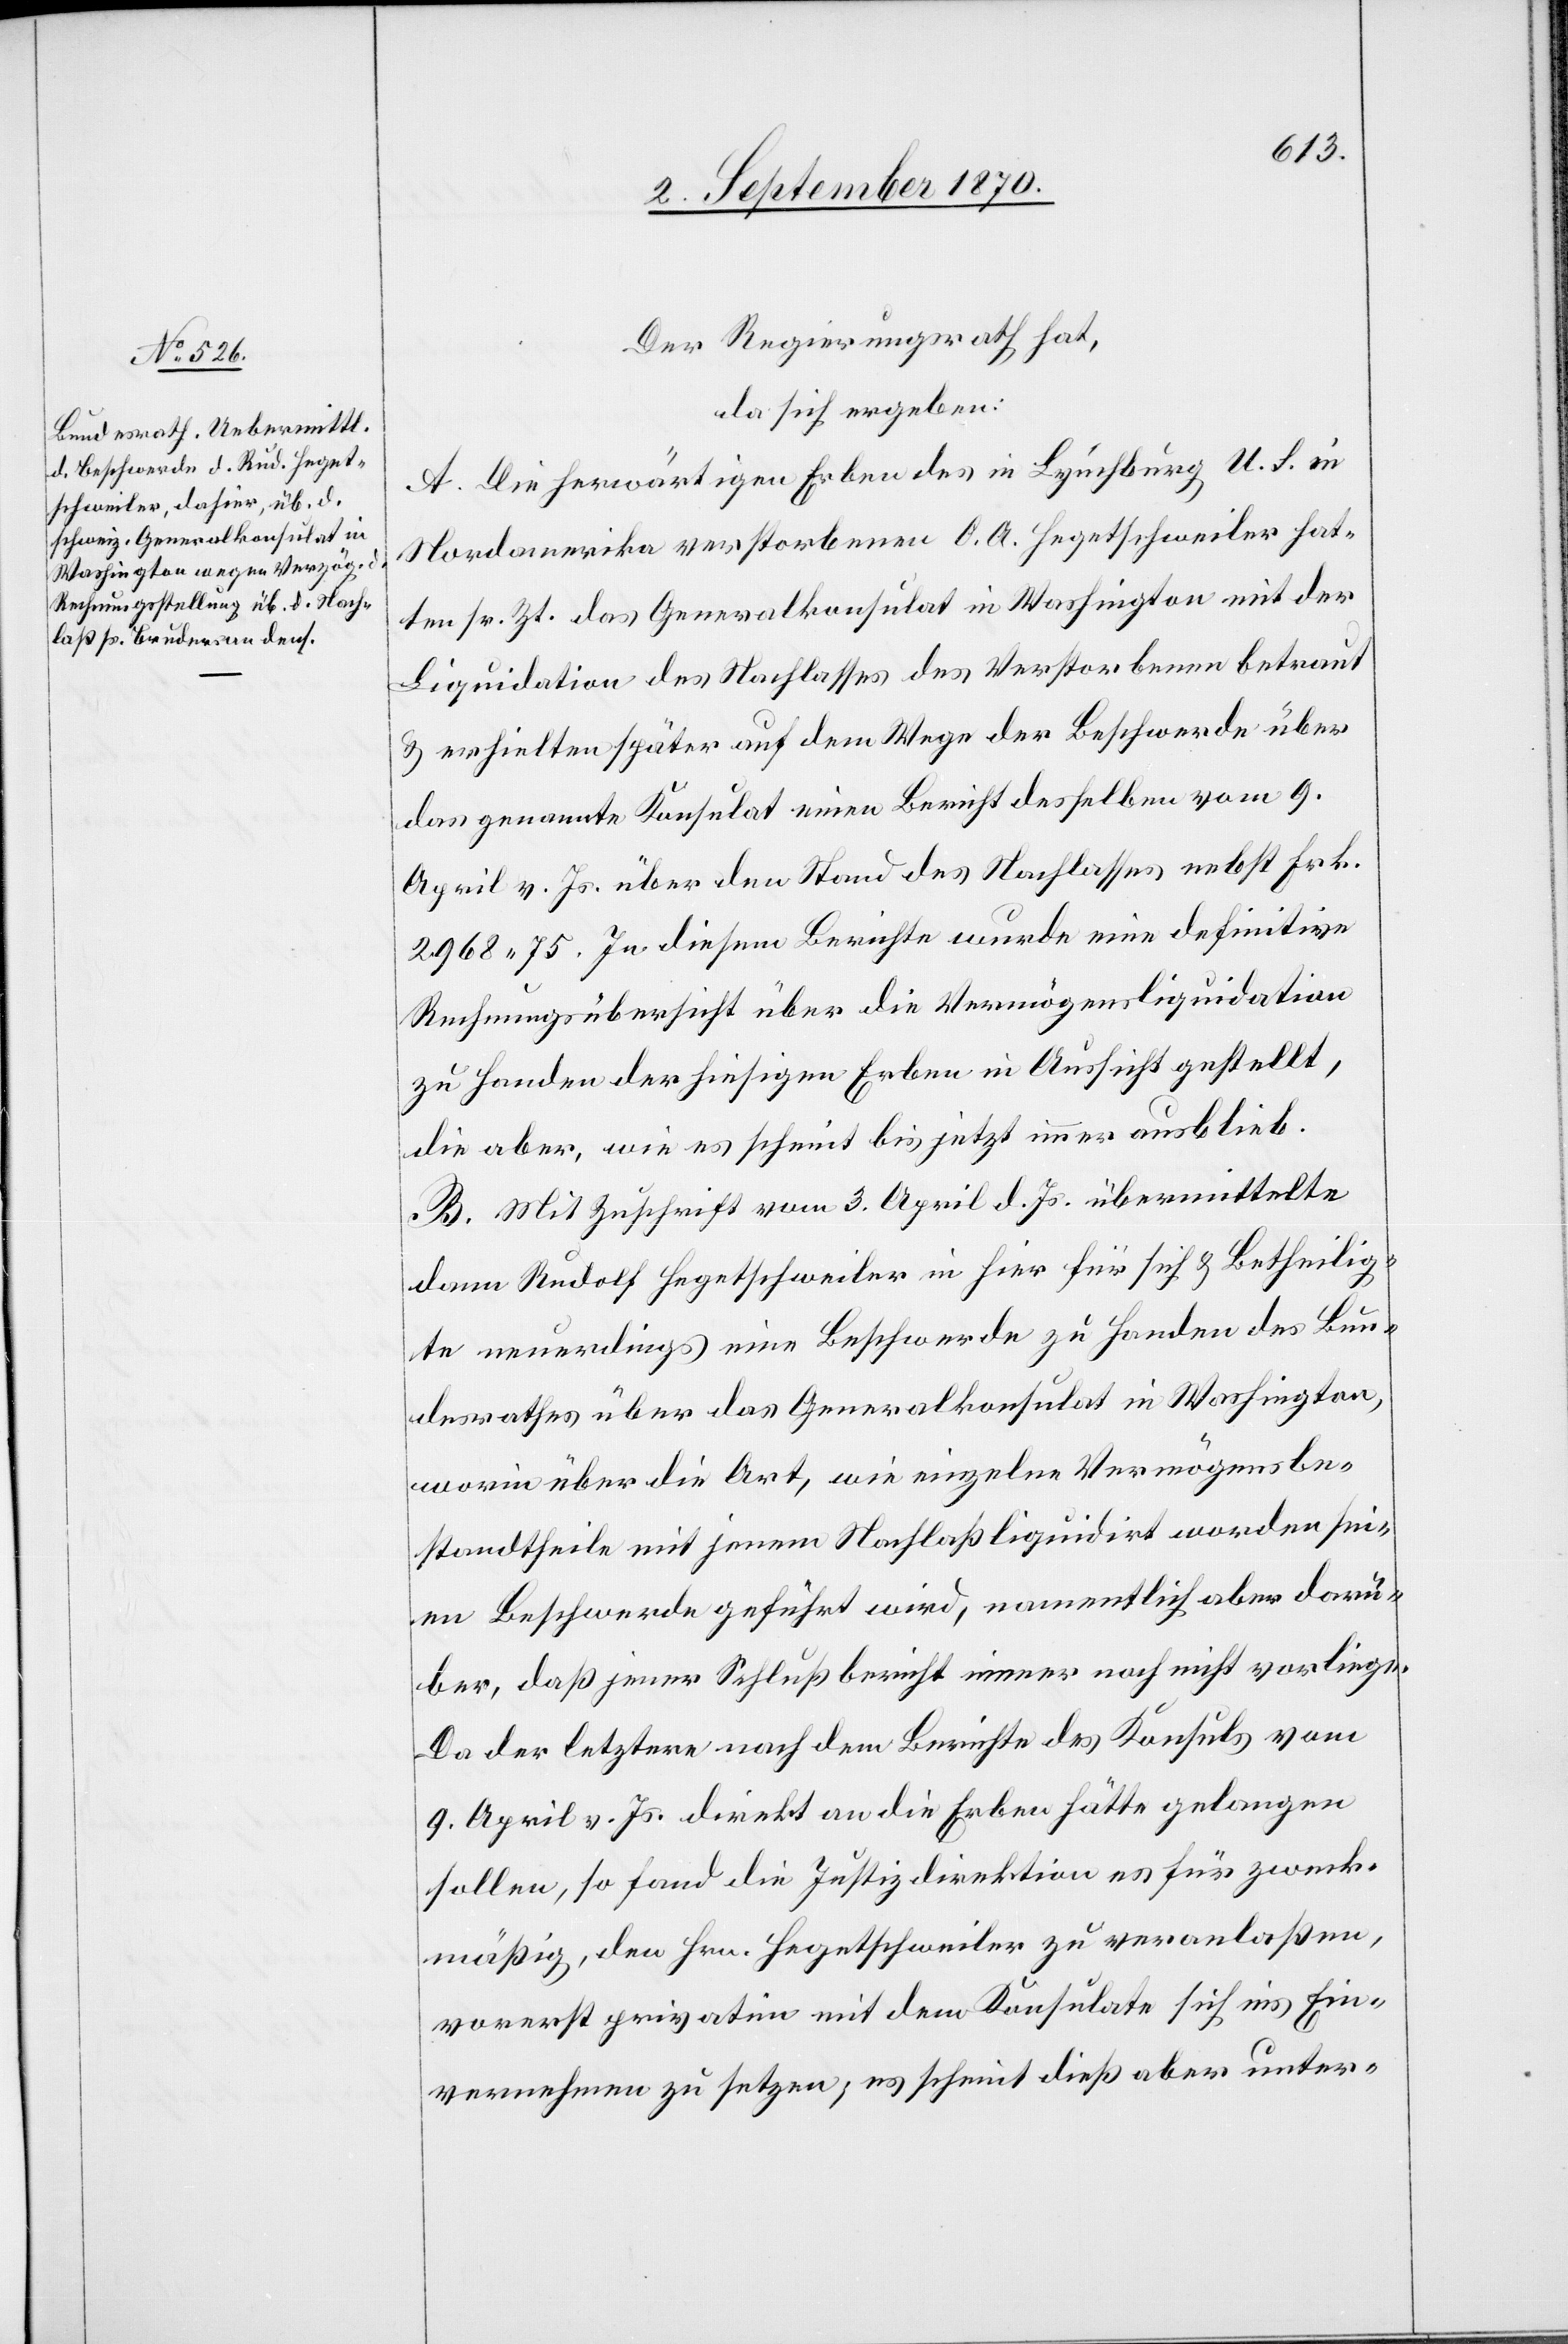
Der Regierungsrath hat,
da sich ergeben:
A. Die herwärtigen Erben des in Lynchburg, U. S. in
Nordamerika verstorbenen O. A. Hegetschweiler hat¬
ten sr. Zt. das Generalkonsulat in Washington mit der
Liquidation des Nachlasses des Verstorbenen betraut
& erhielten später auf dem Wege der Beschwerde über
das genannte Konsulat einen Bericht desselben vom 9.
April v. Js. über den Stand des Nachlasses nebst Fr.
2968.75. In diesem Berichte wurde eine definitive
Rechnungsübersicht über die Vermögensliquidation
zu Handen der hiesigen Erben in Aussicht gestellt,
die aber, wie es scheint bis jetzt immer ausblieb.
B. Mit Zuschrift vom 3. April d. Js. übermittelt¬
e Rudolf Hegetschweiler in hier für sich & Betheilig¬
te neuerdings eine Beschwerde zu Handen des Bun¬
desrathes über das Generalkonsulat in Washington,
worin über die Art, wie einzelne Vermögensbe¬
standtheile mit jenem Nachlaß liquidirt worden sei¬
en Beschwerde geführt wird, namentlich aber darü¬
ber, daß jener Schlußbericht immer noch nicht vorliege.
Da der letztere nach dem Berichte des Konsuls vom
9. April l. Js. direkt an die Erben hätte gelangen
sollen, so fand die Justizdirektion es für zweck¬
mäßig, den Hrn. Hegetschweiler zu veranlaßen,
vorerst privatim mit dem Konsulate sich ins Ein¬
vernehmen zu setzen; es scheint dieß aber unter-